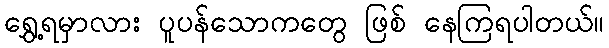
ရွှေ့ရမှာလား ပူပန်သောကတွေ ဖြစ် နေကြရပါတယ်။